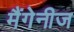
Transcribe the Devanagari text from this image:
मैंगेनीज